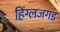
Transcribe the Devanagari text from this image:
हिंग्लजगड